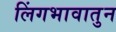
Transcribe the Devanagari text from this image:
लिंगभावातुन